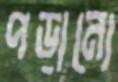
পড়ানো